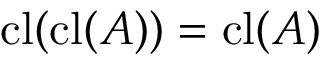
\operatorname { c l } ( \operatorname { c l } ( A ) ) = \operatorname { c l } ( A )